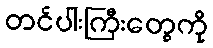
တင်ပါးကြီးတွေကို